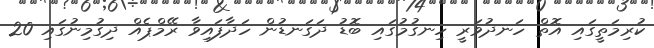
ކުރިމަތީގައި އޮތް ހަނދުވަރީ ހިނގުމުގައި ބޮޑު ދަގަނޑުން ހަދާފައިވާ ރޭމްޕެއް ދިގުމިނުގައި 20